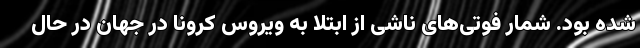
شده بود. شمار فوتی‌های ناشی از ابتلا به ویروس کرونا در جهان در حال